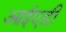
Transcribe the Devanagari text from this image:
आईएडी